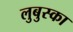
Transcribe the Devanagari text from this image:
लुबुस्का